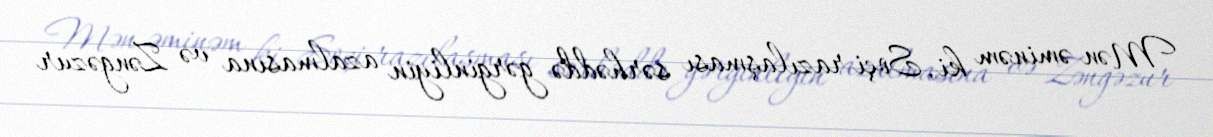
Mən əminəm ki, Soçi razılaşması sərhəddə gərginliyin azalmasına və Zəngəzur